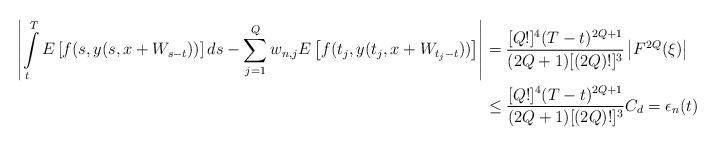
LaTeX: \begin{align*}\left|{\int\limits_{t}^T E\left[f(s,y(s,x+W_{s-t}))\right]ds-\sum_{j=1}^Qw_{n,j}E\left[f(t_j, y(t_j,x+W_{t_j-t}))\right]}\right|&=\dfrac{[Q!]^4(T-t)^{2Q+1}}{(2Q+1)[(2Q)!]^3}\left|F^{2Q}(\xi)\right|\\&\leq\dfrac{[Q!]^4(T-t)^{2Q+1}}{(2Q+1)[(2Q)!]^3}C_d=\epsilon_n(t)\end{align*}